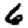
Digit: 6